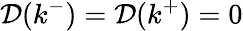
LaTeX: \mathcal{D}(k^{-})=\mathcal{D}(k^{+})=0